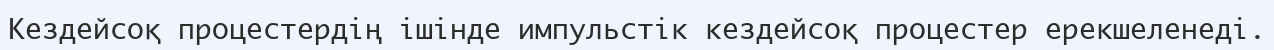
Кездейсоқ процестердің ішінде импульстік кездейсоқ процестер ерекшеленеді.